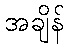
အချိန်